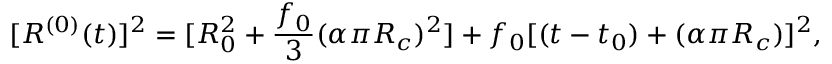
[ R ^ { ( 0 ) } ( t ) ] ^ { 2 } = [ R _ { 0 } ^ { 2 } + \frac { f _ { 0 } } { 3 } ( \alpha \pi R _ { c } ) ^ { 2 } ] + f _ { 0 } [ ( t - t _ { 0 } ) + ( \alpha \pi R _ { c } ) ] ^ { 2 } ,